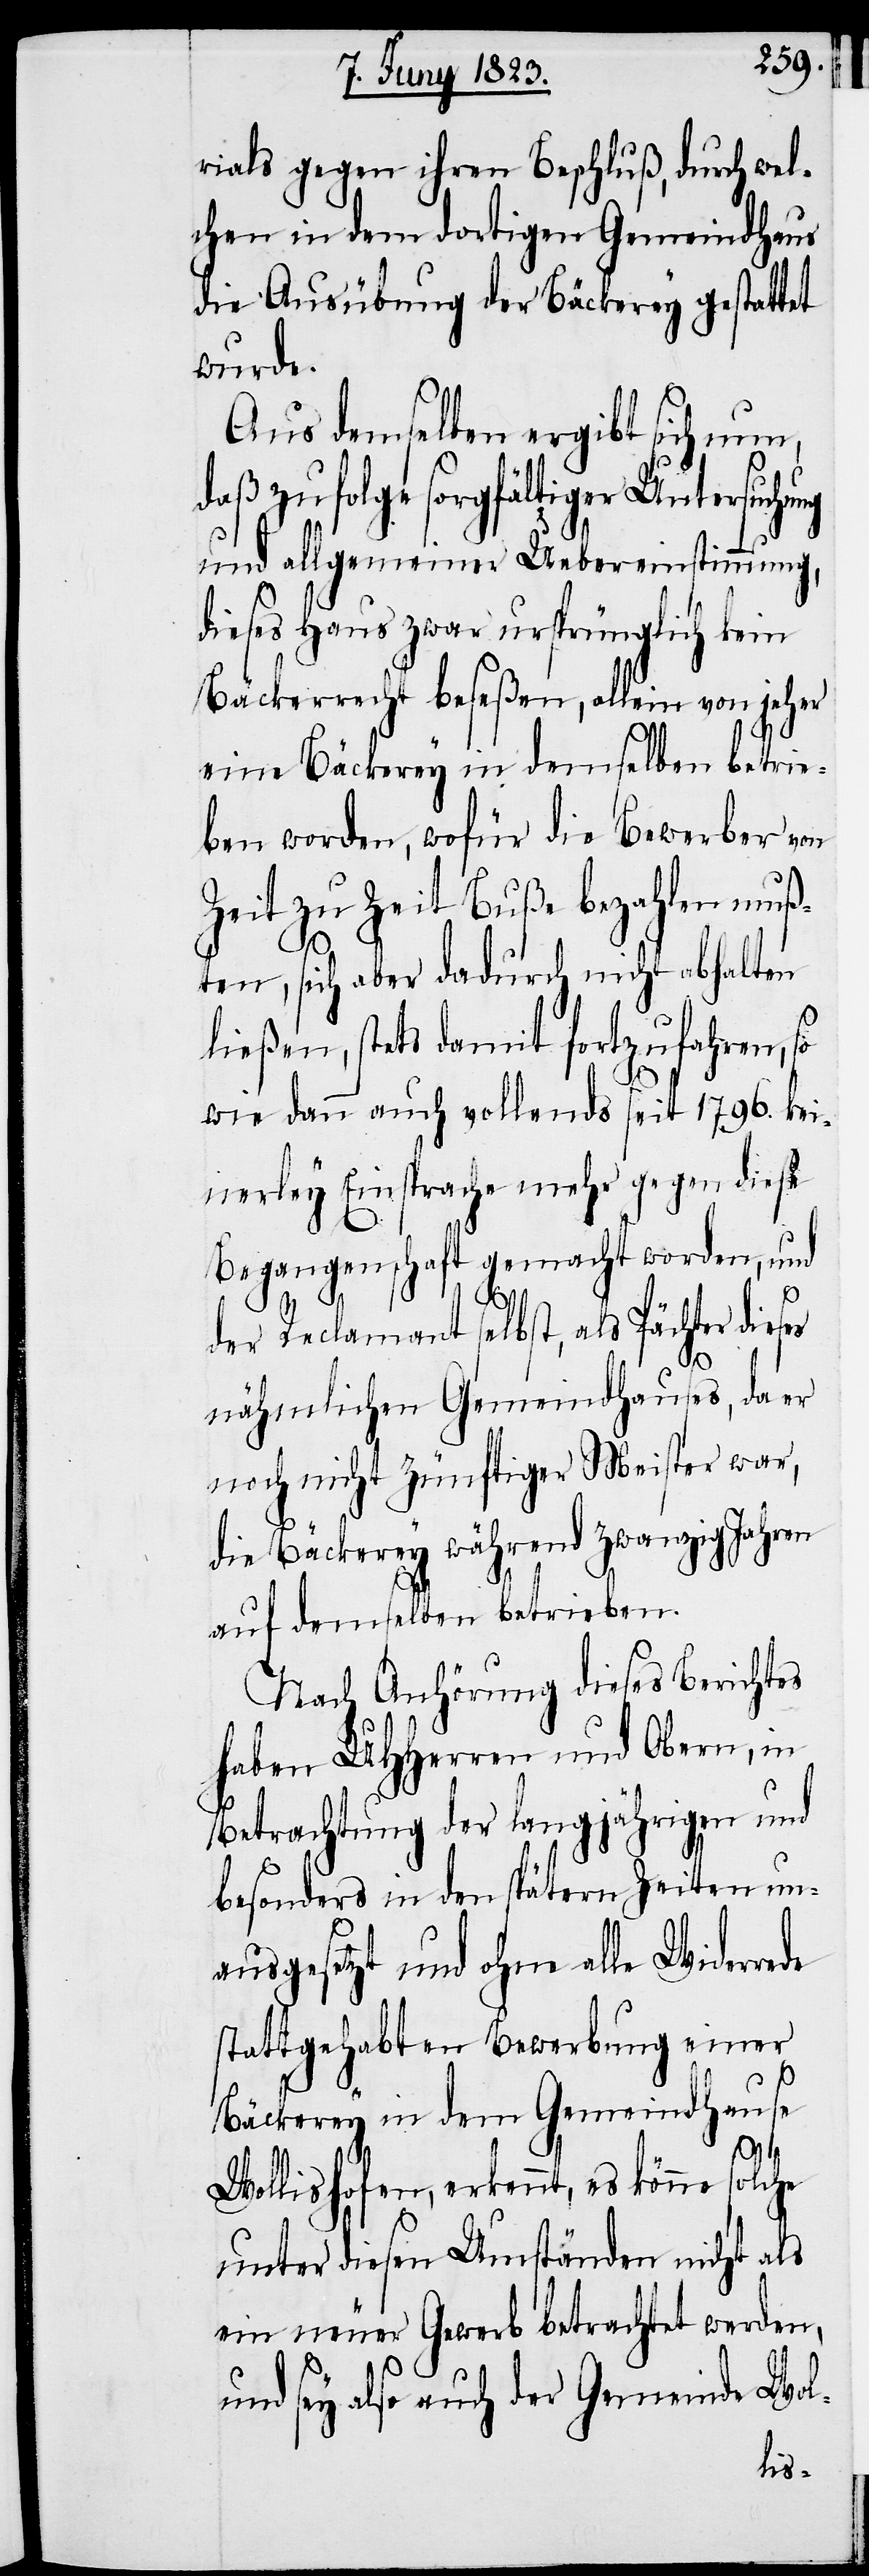
rials gegen ihren Beschluß, durch wel¬
chen in dem dortigen Gemeindhaus
die Ausübung der Bäckerey gestattet
wurde.
Aus demselben ergibt sich nun,
daß zufolge sorgfältiger Untersuchung
und allgemeiner Uebereinstimmung,
dieses Haus zwar ursprünglich kein
Bäckerrecht beseßen, allein von jeher
eine Bäckerey in demselben betrie¬
ben worden, wofür die Bewerber von
Zeit zu Zeit Buße bezahlen muß¬
ten, sich aber dadurch nicht abhalten
ließen, stets damit fortzufahren, so
wie dann auch vollends seit 1796. kei¬
nerley Einsprache mehr gegen diese
Begangenschaft gemacht worden, und
es
der Reclamant selbst, als Pächter dies¬
nähmlichen Gemeindhauses, da er
noch nicht zünftiger Meister war,
die Bäckerey während zwanzig Jahren
auf demselben betrieben.
Nach Anhörung dieses Berichtes
haben UHHerren und Obern, in
Betrachtung der langjährigen und
besonders in den spätern Zeiten un¬
ausgesetzt und ohne alle Widerrede
stattgehabten Bewerbung einer
Bäckerey in dem Gemeindhause
Wollishofen, erkennt, es könne
unter diesen Umständen nicht als
ein neuer Gewerb betrachtet werden,
und sey also auch der Gemeinde Wol-